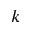
k